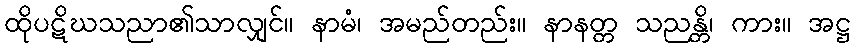
ထိုပဋိဃသညာ၏သာလျှင်။ နာမံ၊ အမည်တည်း။ နာနတ္တ သညန္တိ၊ ကား။ အဋ္ဌ